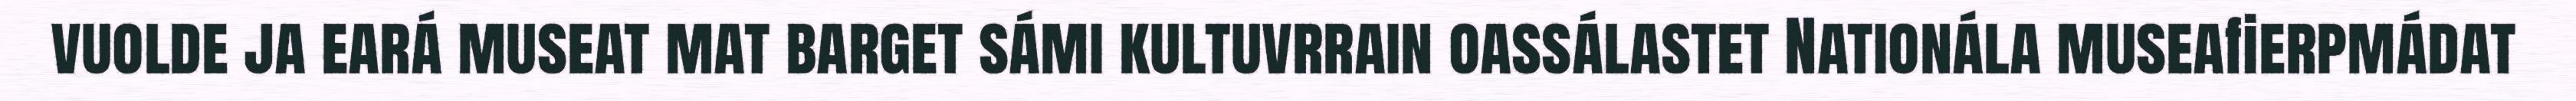
vuolde ja eará museat mat barget sámi kultuvrrain oassálastet Nationála museafierpmádat